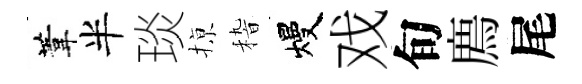
葦半琰𢱊𥟵熳戏旬廌尾